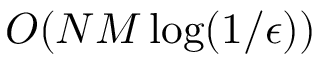
{ \cal O } ( N M \log ( 1 / \epsilon ) )